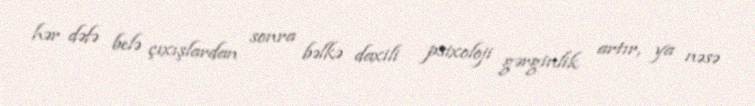
hər dəfə belə çıxışlardan sonra bəlkə daxili psixoloji gərginlik artır, ya nəsə